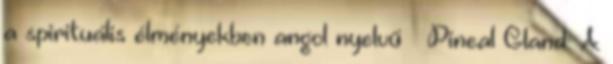
a spirituális élményekben angol nyelvű – Pineal Gland: A